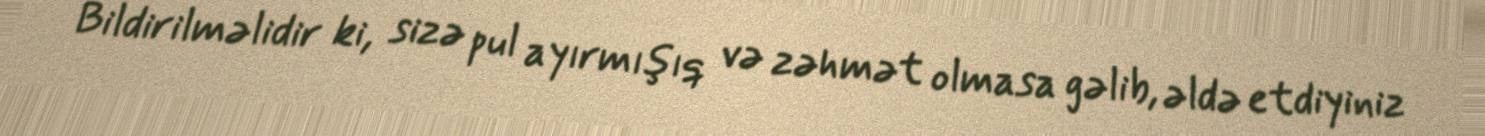
Bildirilməlidir ki, sizə pul ayırmışıq və zəhmət olmasa gəlib, əldə etdiyiniz